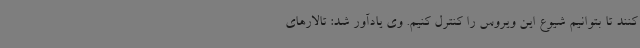
کنند تا بتوانیم شیوع این ویروس را کنترل کنیم. وی یادآور شد: تالارهای